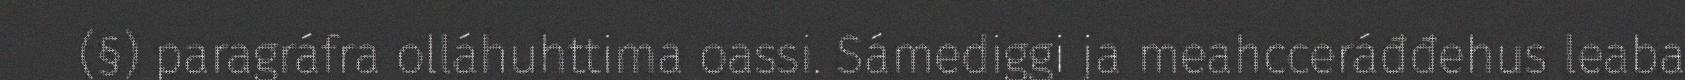
(§) paragráfra olláhuhttima oassi. Sámediggi ja meahcceráđđehus leaba